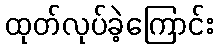
ထုတ်လုပ်ခဲ့ကြောင်း